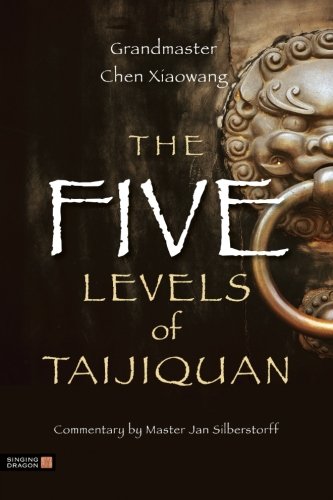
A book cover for The Five Levels of Taijiquan; Chen Xiaowang; Health, Fitness & Dieting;